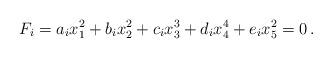
LaTeX: \begin{align*}F_i = a_i x_1^2 + b_i x_2^2 + c_i x_3^3 + d_i x_4^4 + e_i x_5^2 = 0 \, . \end{align*}